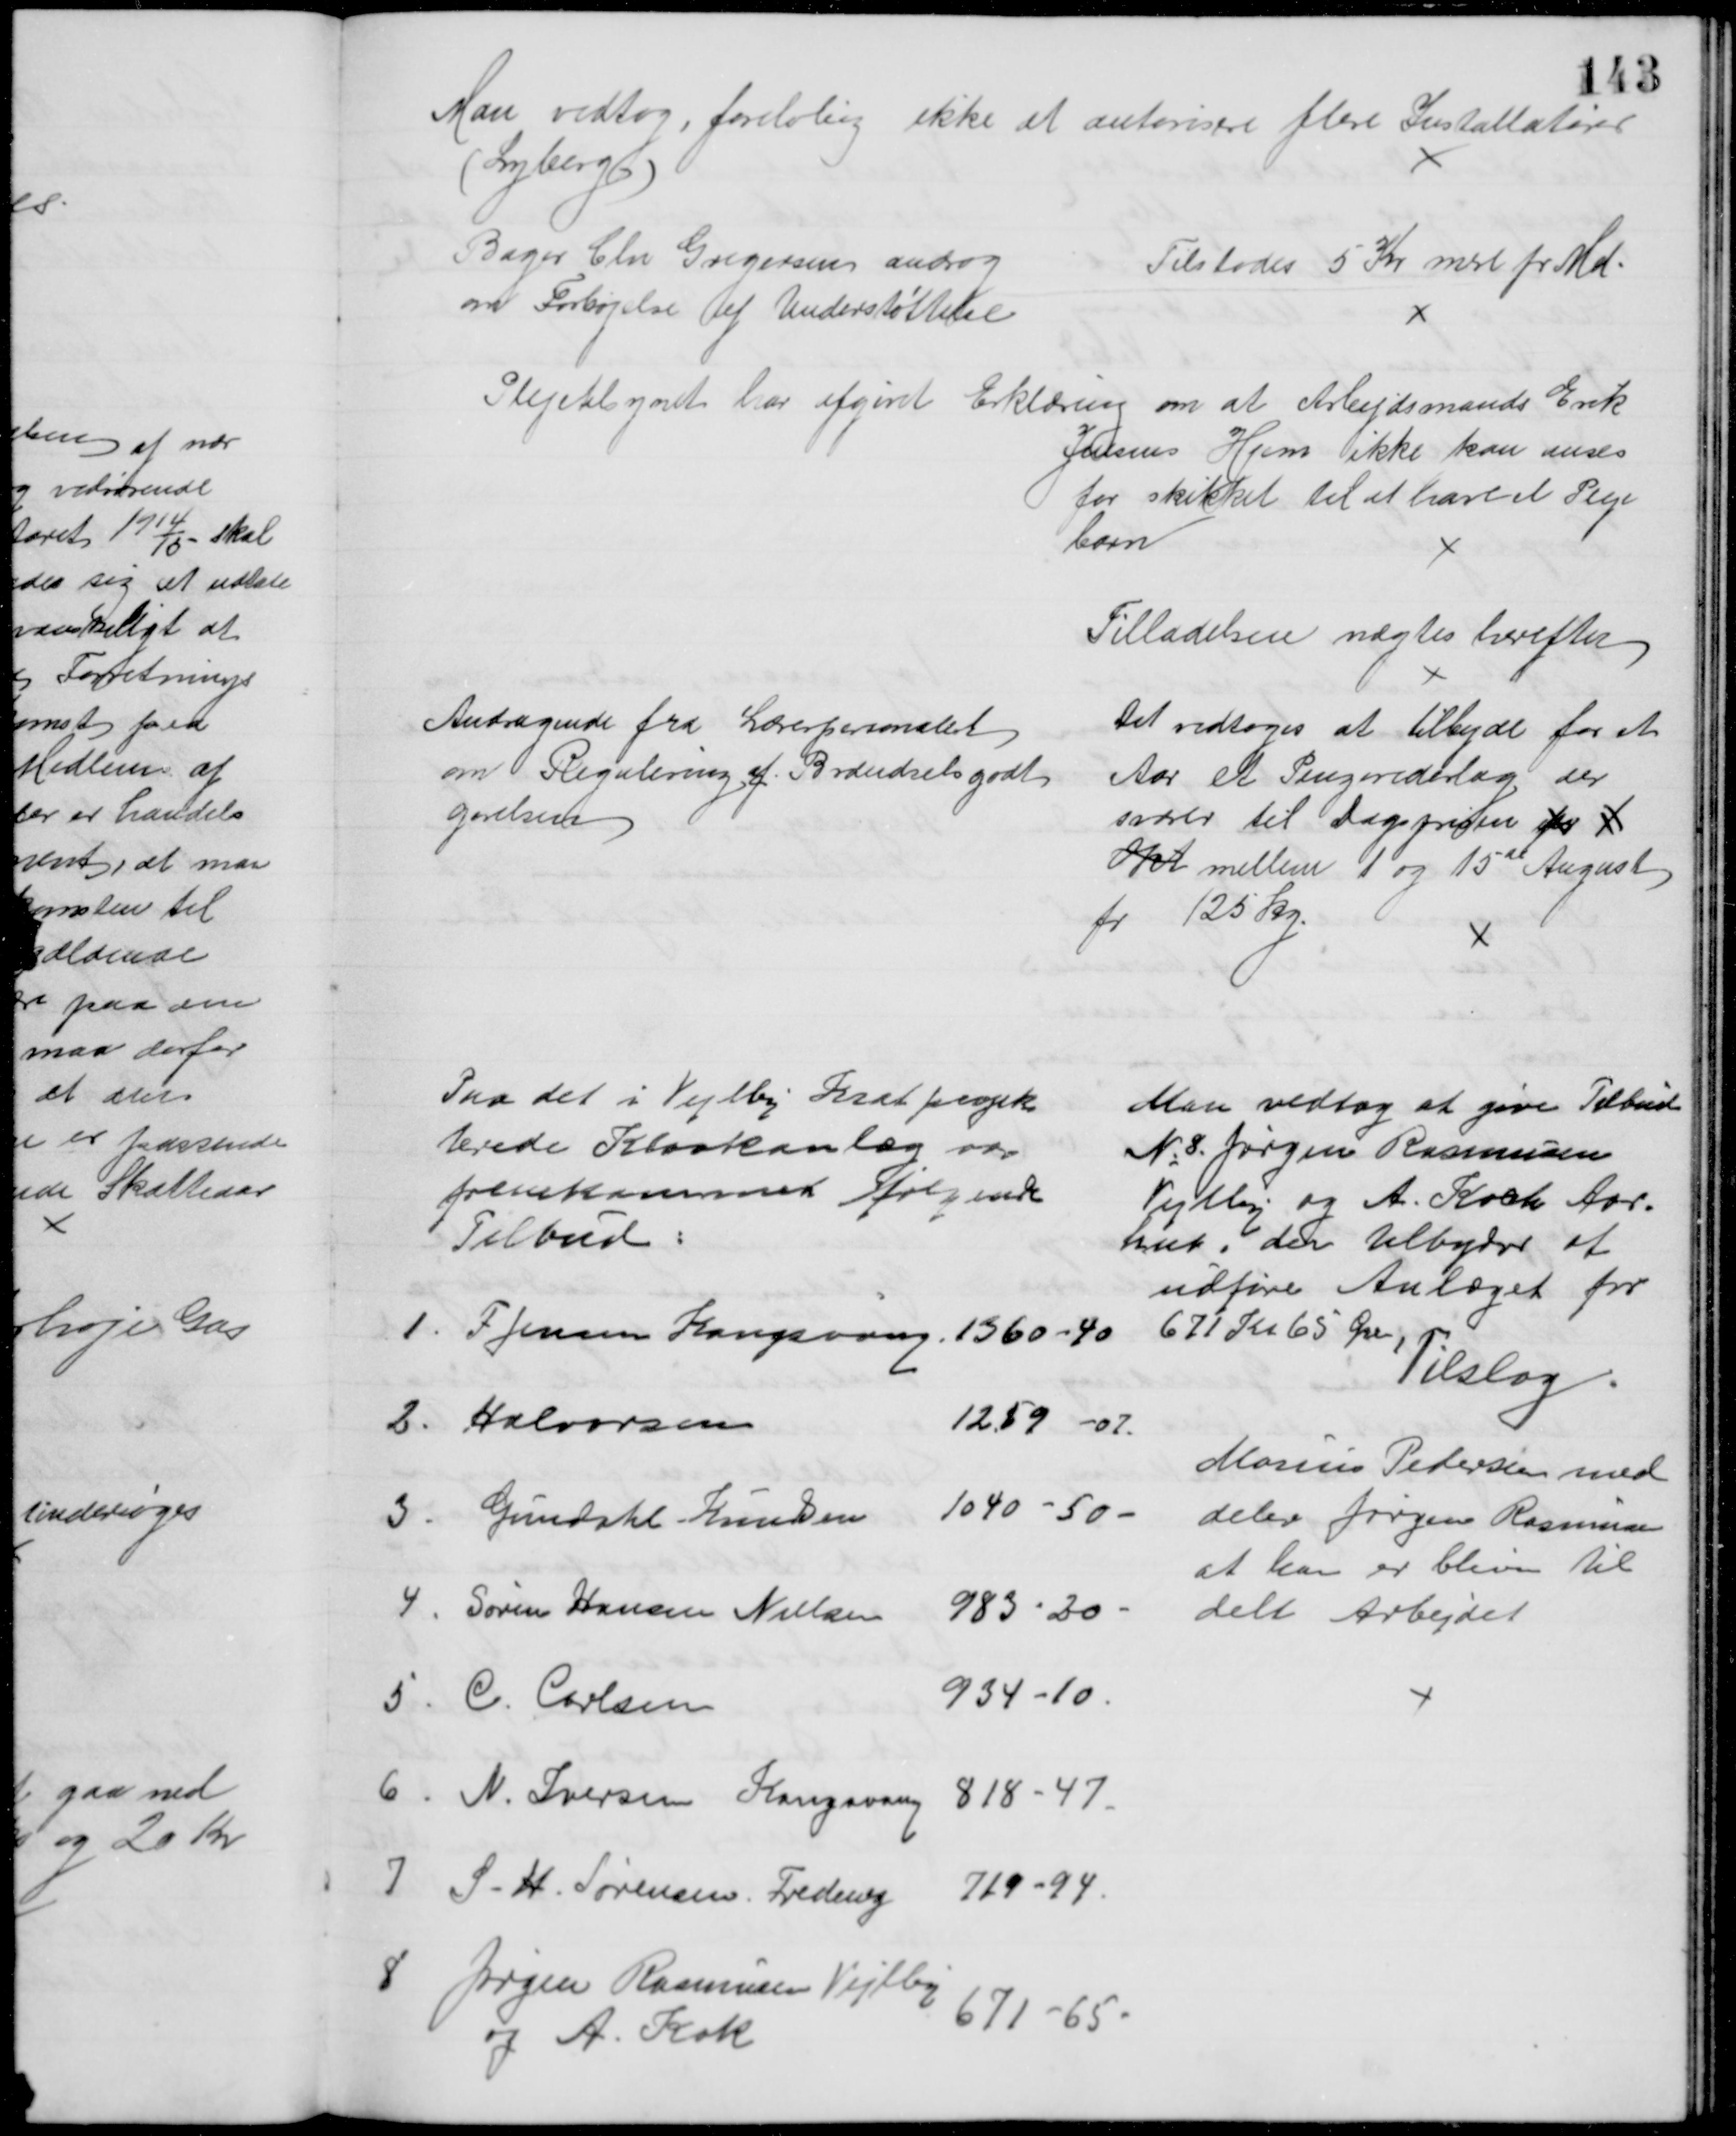
Transskription:
Man vedtog, foreløbig ikke at autorisere flere Installatører
(Lyberg)
Bager Chr Gregersen androg
om Forhøjelse af Understøttelse
Tilstodes 5 Kr mere pr Md
Plejetilsynet har afgivet Erklæring om at Arbejdsmands Erik
Jensens Hjem ikke kan anses
for skikket til at have et Pleje
barn
Tilladelsen nægtes herefter
Andragende fra Lærerpersonalet
om Regulering af Brændselsgodt
gørelsen
Det vedtoges at tilbyde for et
Aar et Pengevederlag der
svarer til Dagsprisen for 1
Okt mellem 1 og 15de August
pr 125 Kg.
Paa det i Vejlby Krat projek
terede Kloakanlæg var 
fremkommet følgende
Tilbud:
1. F. Jensen Kongsvang 1360 - 40
2. Halvorsen
12.59-07
3. Gundahl - Knudsen
1040 - 50
4. Søren Hansen Nielsen 983 - 30
5. C. Carlsen
934 - 10.
6. N. Iversen Kongsvang 818 - 47.
7 S. H. Sørensen, Frednvg 719 - 94.
8 Jørgen Rasmussen Vejlby
og A. Kok
671 - 65
Man vedtog at give Tilbud
№ 8. Jørgen Rasmussen
Vejlby og A. Koch Aar=
hus, der tilbyder at 
udføre Anlæget for
671 Kr 65 Øre
Tilslag
Marius Petersen med
deler Jørgen Rasmussen
at han er bleven til
delt Arbejdet